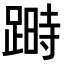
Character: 𨃯